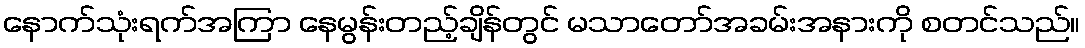
နောက်သုံးရက်အကြာ နေမွန်းတည့်ချိန်တွင် မသာတော်အခမ်းအနားကို စတင်သည်။